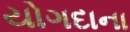
યોગદાના